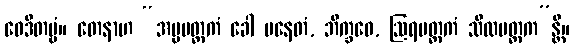
ဝေဒိတဗ္ဗံ။ တေနာဟ “အပ္ပမတ္တကံ ခေါ ပနေတံ, ဘိက္ခဝေ, ဩရမတ္တကံ သီလမတ္တက”န္တိ။